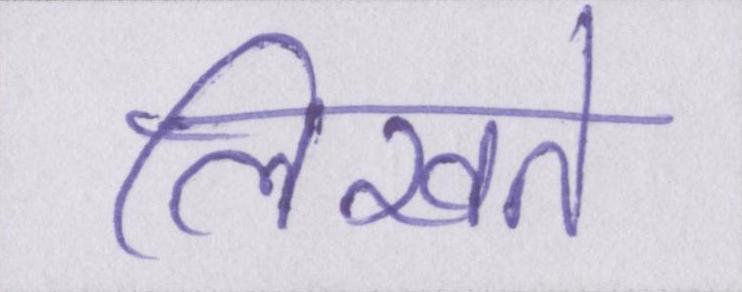
लिखते